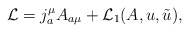
\begin{align*}{\cal L}=j^\mu_a A_{a\mu}+{\cal L}_1(A,u,\tilde u),\end{align*}